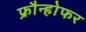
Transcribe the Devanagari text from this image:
फ्रौन्होफर